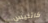
كاتنيس